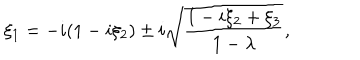
\xi _ { 1 } = - i ( 1 - i \xi _ { 2 } ) \pm i \sqrt { { \frac { 1 - i \xi _ { 2 } + \xi _ { 3 } } { 1 - \lambda } } } ,